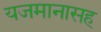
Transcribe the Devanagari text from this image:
यजमानासह